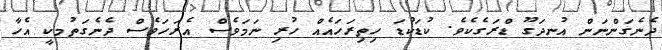
ދެނެގަންނަން އުނދަގޫ ޑްރަގެކެވެ. ކުޑަކުޑަ ހިތިރަހައެއް ހުރި ނަމަވެސް އެރަހަވެސް ދެނެގަތުމކީ އެހާ